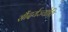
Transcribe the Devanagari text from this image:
सौंदर्यज्योति